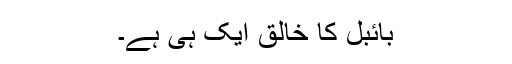
بائبل کا خالق ایک ہی ہے۔